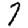
Digit: 7